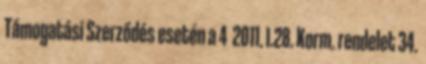
Támogatási Szerződés esetén a 4 2011. I.28. Korm. rendelet 34.